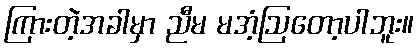
ကြားတဲ့အခါမှာ ညီမ မအံ့ဩတော့ပါဘူး။